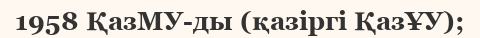
1958 ҚазМУ-ды (қазіргі ҚазҰУ);